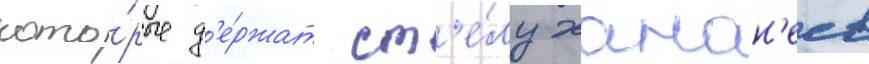
кото́рые д'е́ржат ст'е́лу ханан'еев